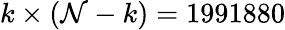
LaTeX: k\times(\mathcal{N}-k)=1991880